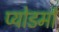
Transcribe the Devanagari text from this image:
प्योडर्मा